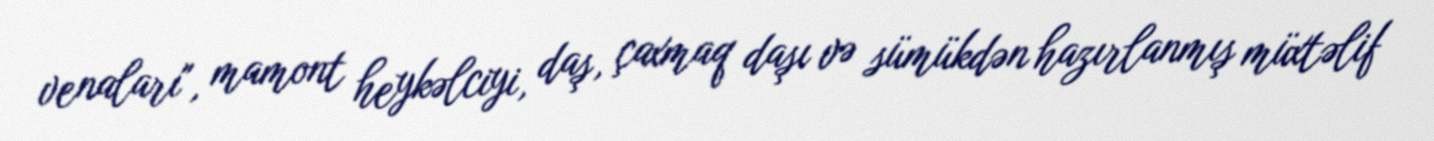
venaları", mamont heykəlciyi, daş, çaxmaq daşı və sümükdən hazırlanmış müxtəlif